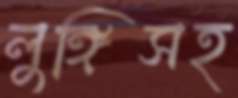
লুঙ্গিসহ